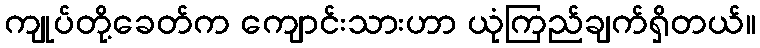
ကျုပ်တို့ခေတ်က ကျောင်းသားဟာ ယုံကြည်ချက်ရှိတယ်။